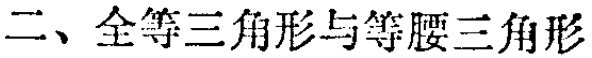
二、全等三角形与等腰三角形